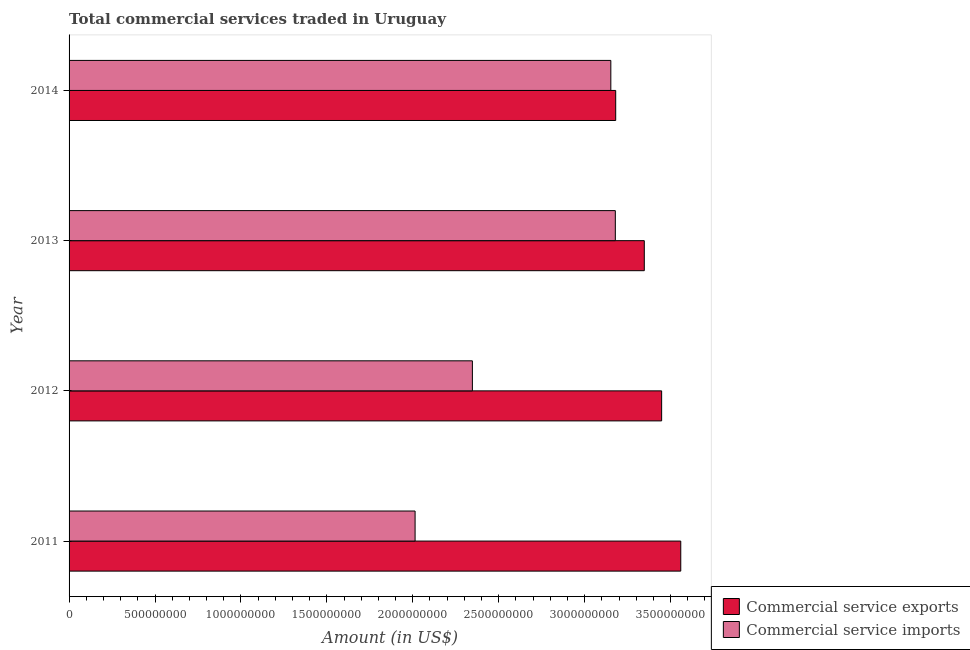
| Year | Commercial service exports | Commercial service imports |
 | --- | --- | --- |
 | 2011 | 3.56e+09 | 2.01e+09 |
 | 2012 | 3.45e+09 | 2.35e+09 |
 | 2013 | 3.35e+09 | 3.18e+09 |
 | 2014 | 3.18e+09 | 3.15e+09 |